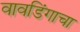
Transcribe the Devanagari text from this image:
वावडिंगाचा